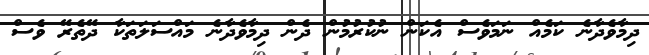
ދިމާވެދާނެ ކަމެއް ނަމަވެސް އެކަން ނުކުރުމުން ދެން ދިމާވެދާނެ މައްސަލަތަކާ ދޭތެރޭ ވެސް